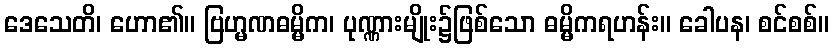
ဒေသေတိ၊ ဟော၏။ ဗြဟ္မဏဓမ္မိက၊ ပုဏ္ဏားမျိုး၌ဖြစ်သော ဓမ္မိကရဟန်း။ ခေါပန၊ စင်စစ်။